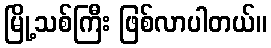
မြို့သစ်ကြီး ဖြစ်လာပါတယ်။